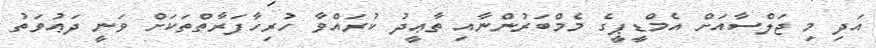
އަދި މި ޖަލްސާއަށް އެމްޑީޕީގެ މެމްބަރުންނާއި ތާޢީދު ކުރައްވާ ހުރިހާފަރާތްތަކަށް ވަނީ ދަޢުވަތު